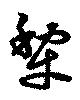
犂